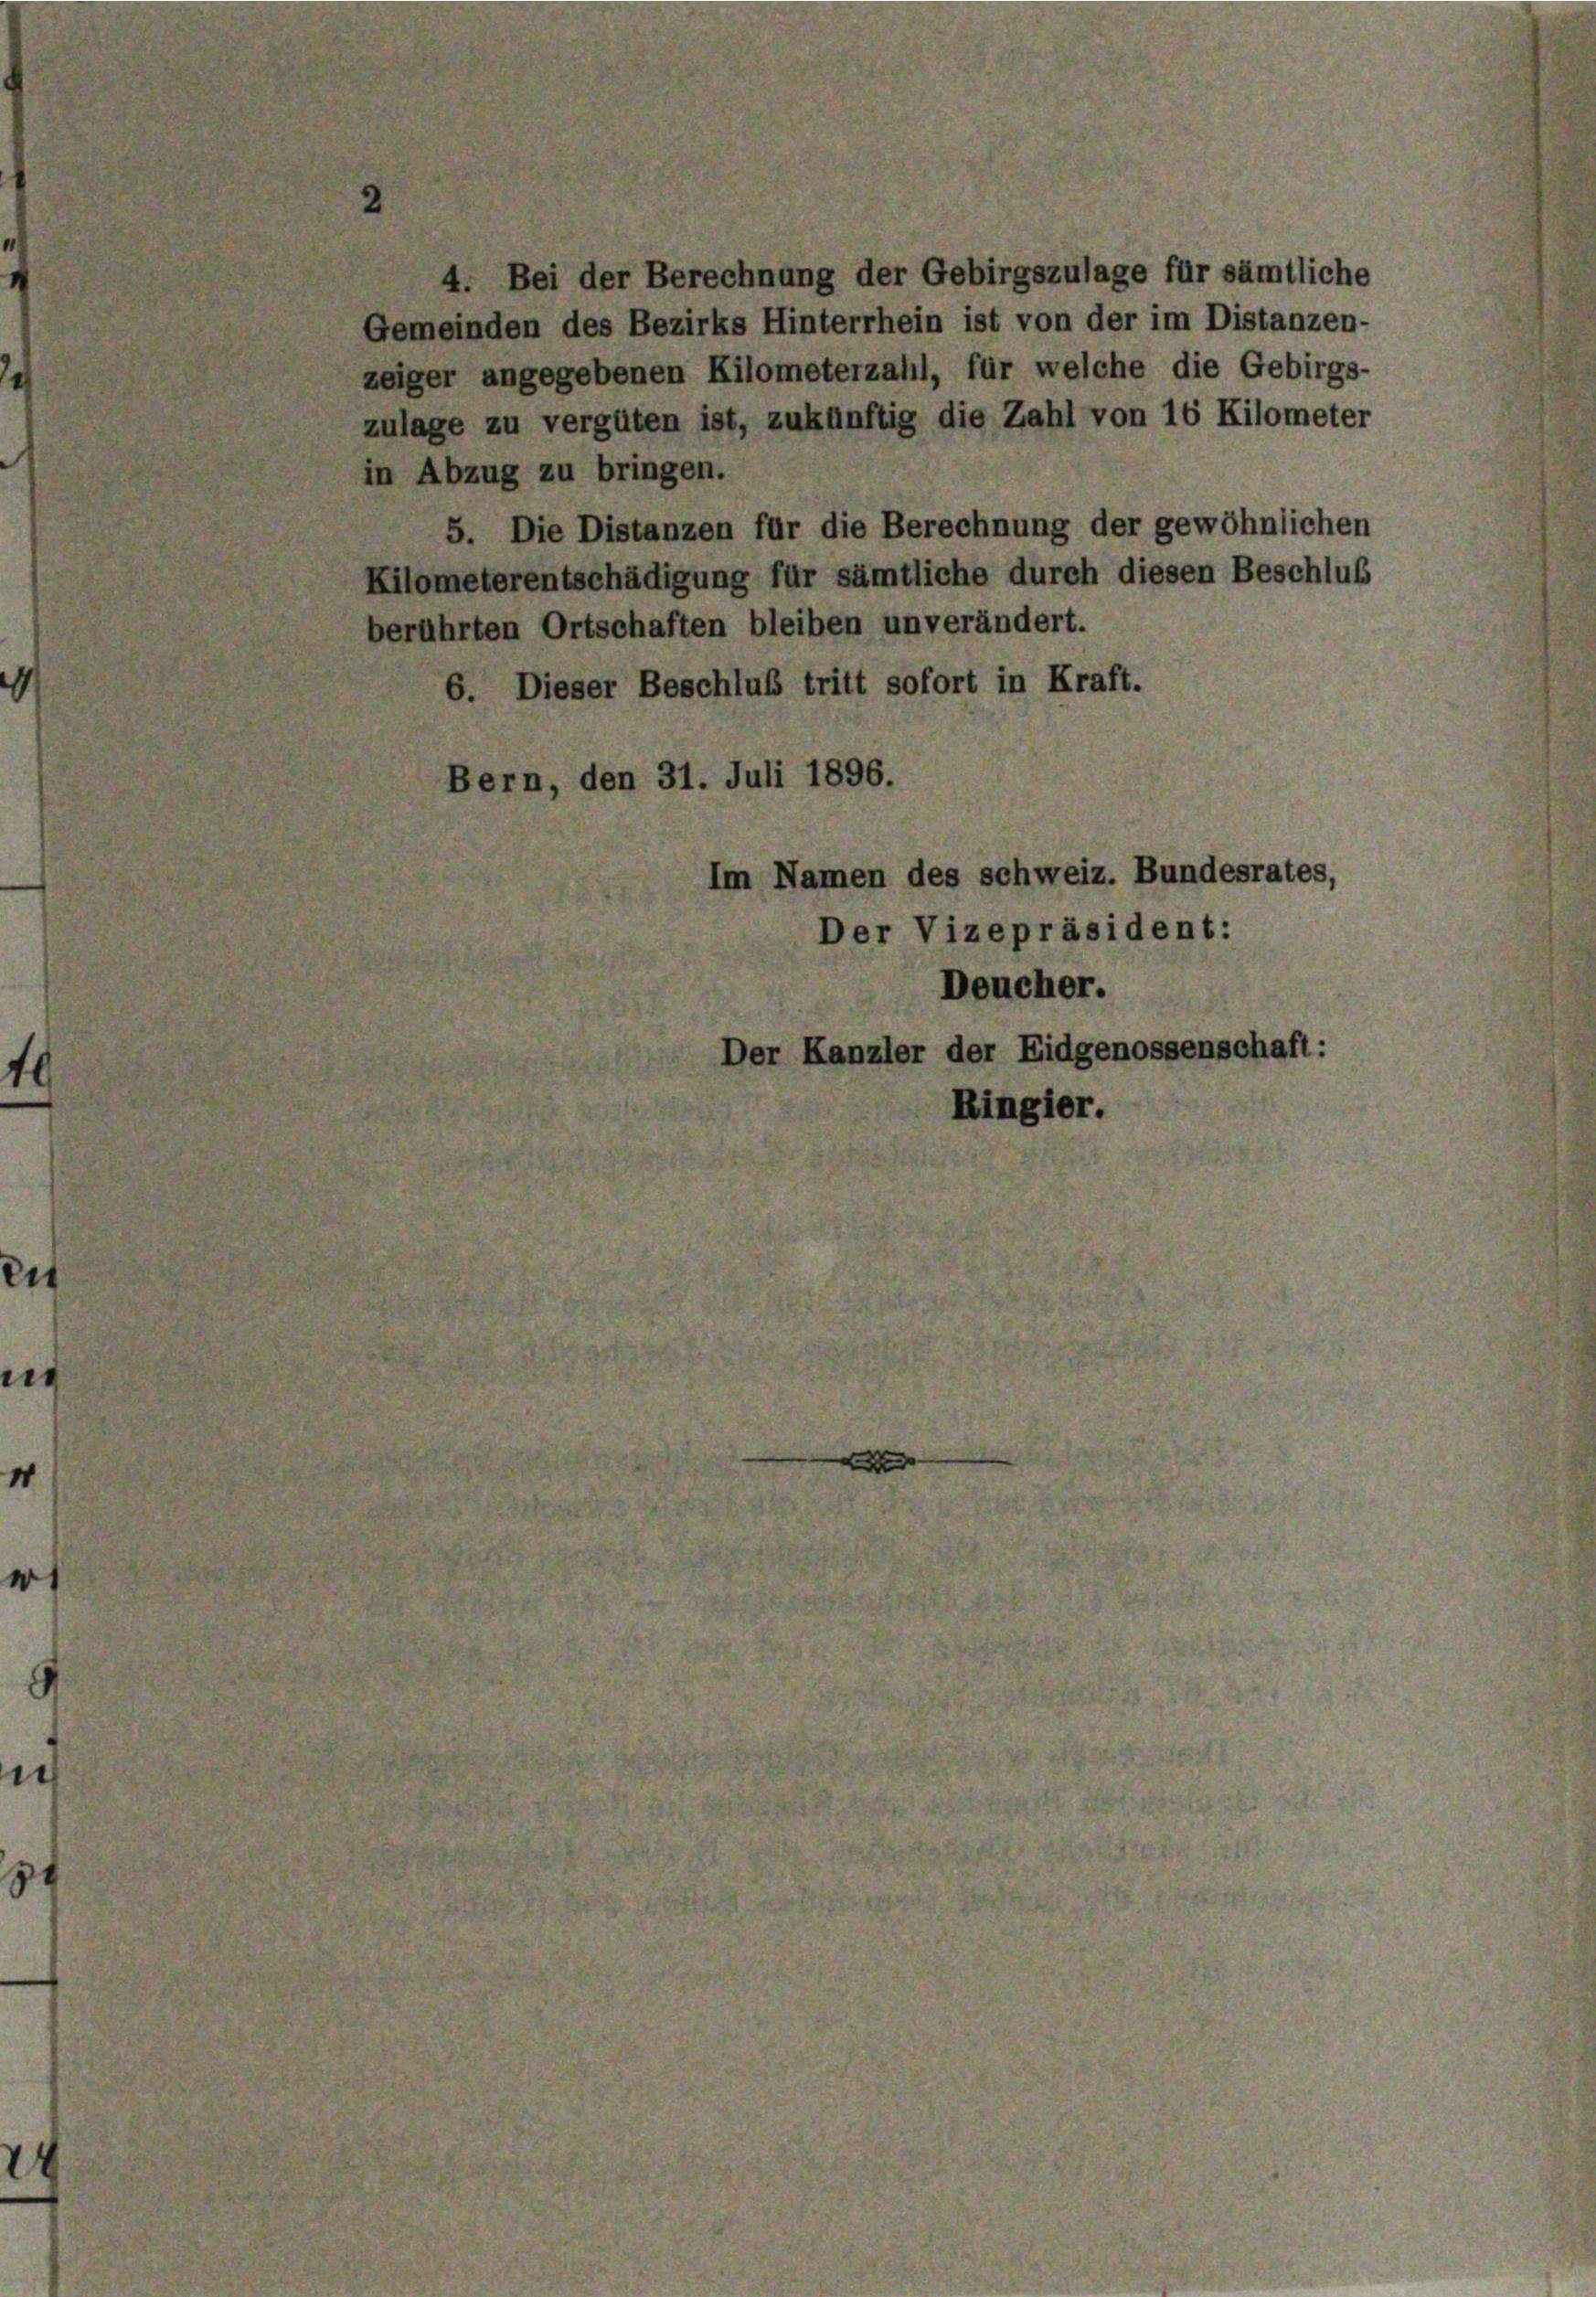
4. Bei der Berechnung der Gebirgszulage für sämtliche
Gemeinden des Bezirks Hinterrhein ist von der im Distanzen-
zeiger angegebenen Kilometerzahl, für welche die Gebirgs-
zulage zu vergüten ist, zukünftig die Zahl von 16 Kilometer
in Abzug zu bringen.
5. Die Distanzen für die Berechnung der gewöhnlichen
Kilometerentschädigung für sämtliche durch diesen Beschluß
berührten Ortschaften bleiben unverändert.
6. Dieser Beschluß tritt sofort in Kraft.
Bern, den 31. Juli 1896.
Im Namen des schweiz. Bundesrates,
Der Vizepräsident:
Deucher.
Der Kanzler der Eidgenossenschaft:
Ringier.